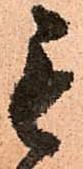
毛